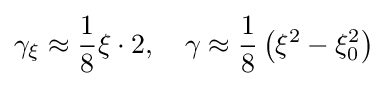
\gamma _{\xi }\approx {\frac {1}{8}}\xi \cdot 2,\quad \gamma \approx {\frac {1}{8}}\left(\xi ^{2}-\xi _{0}^{2}\right)